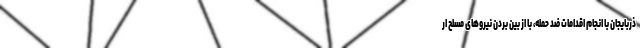
ذربایجان با انجام اقدامات ضد حمله، با از بین بردن نیروهای مسلح ار